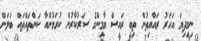
ނިމިދިޔަ އަހަރު ރައްޔިތުން ތިބީ ރައީސް ޔާމިންގެ ސަރުކާރުން ކުރަމުންއާ ކަންތައްތައް ބަލަން